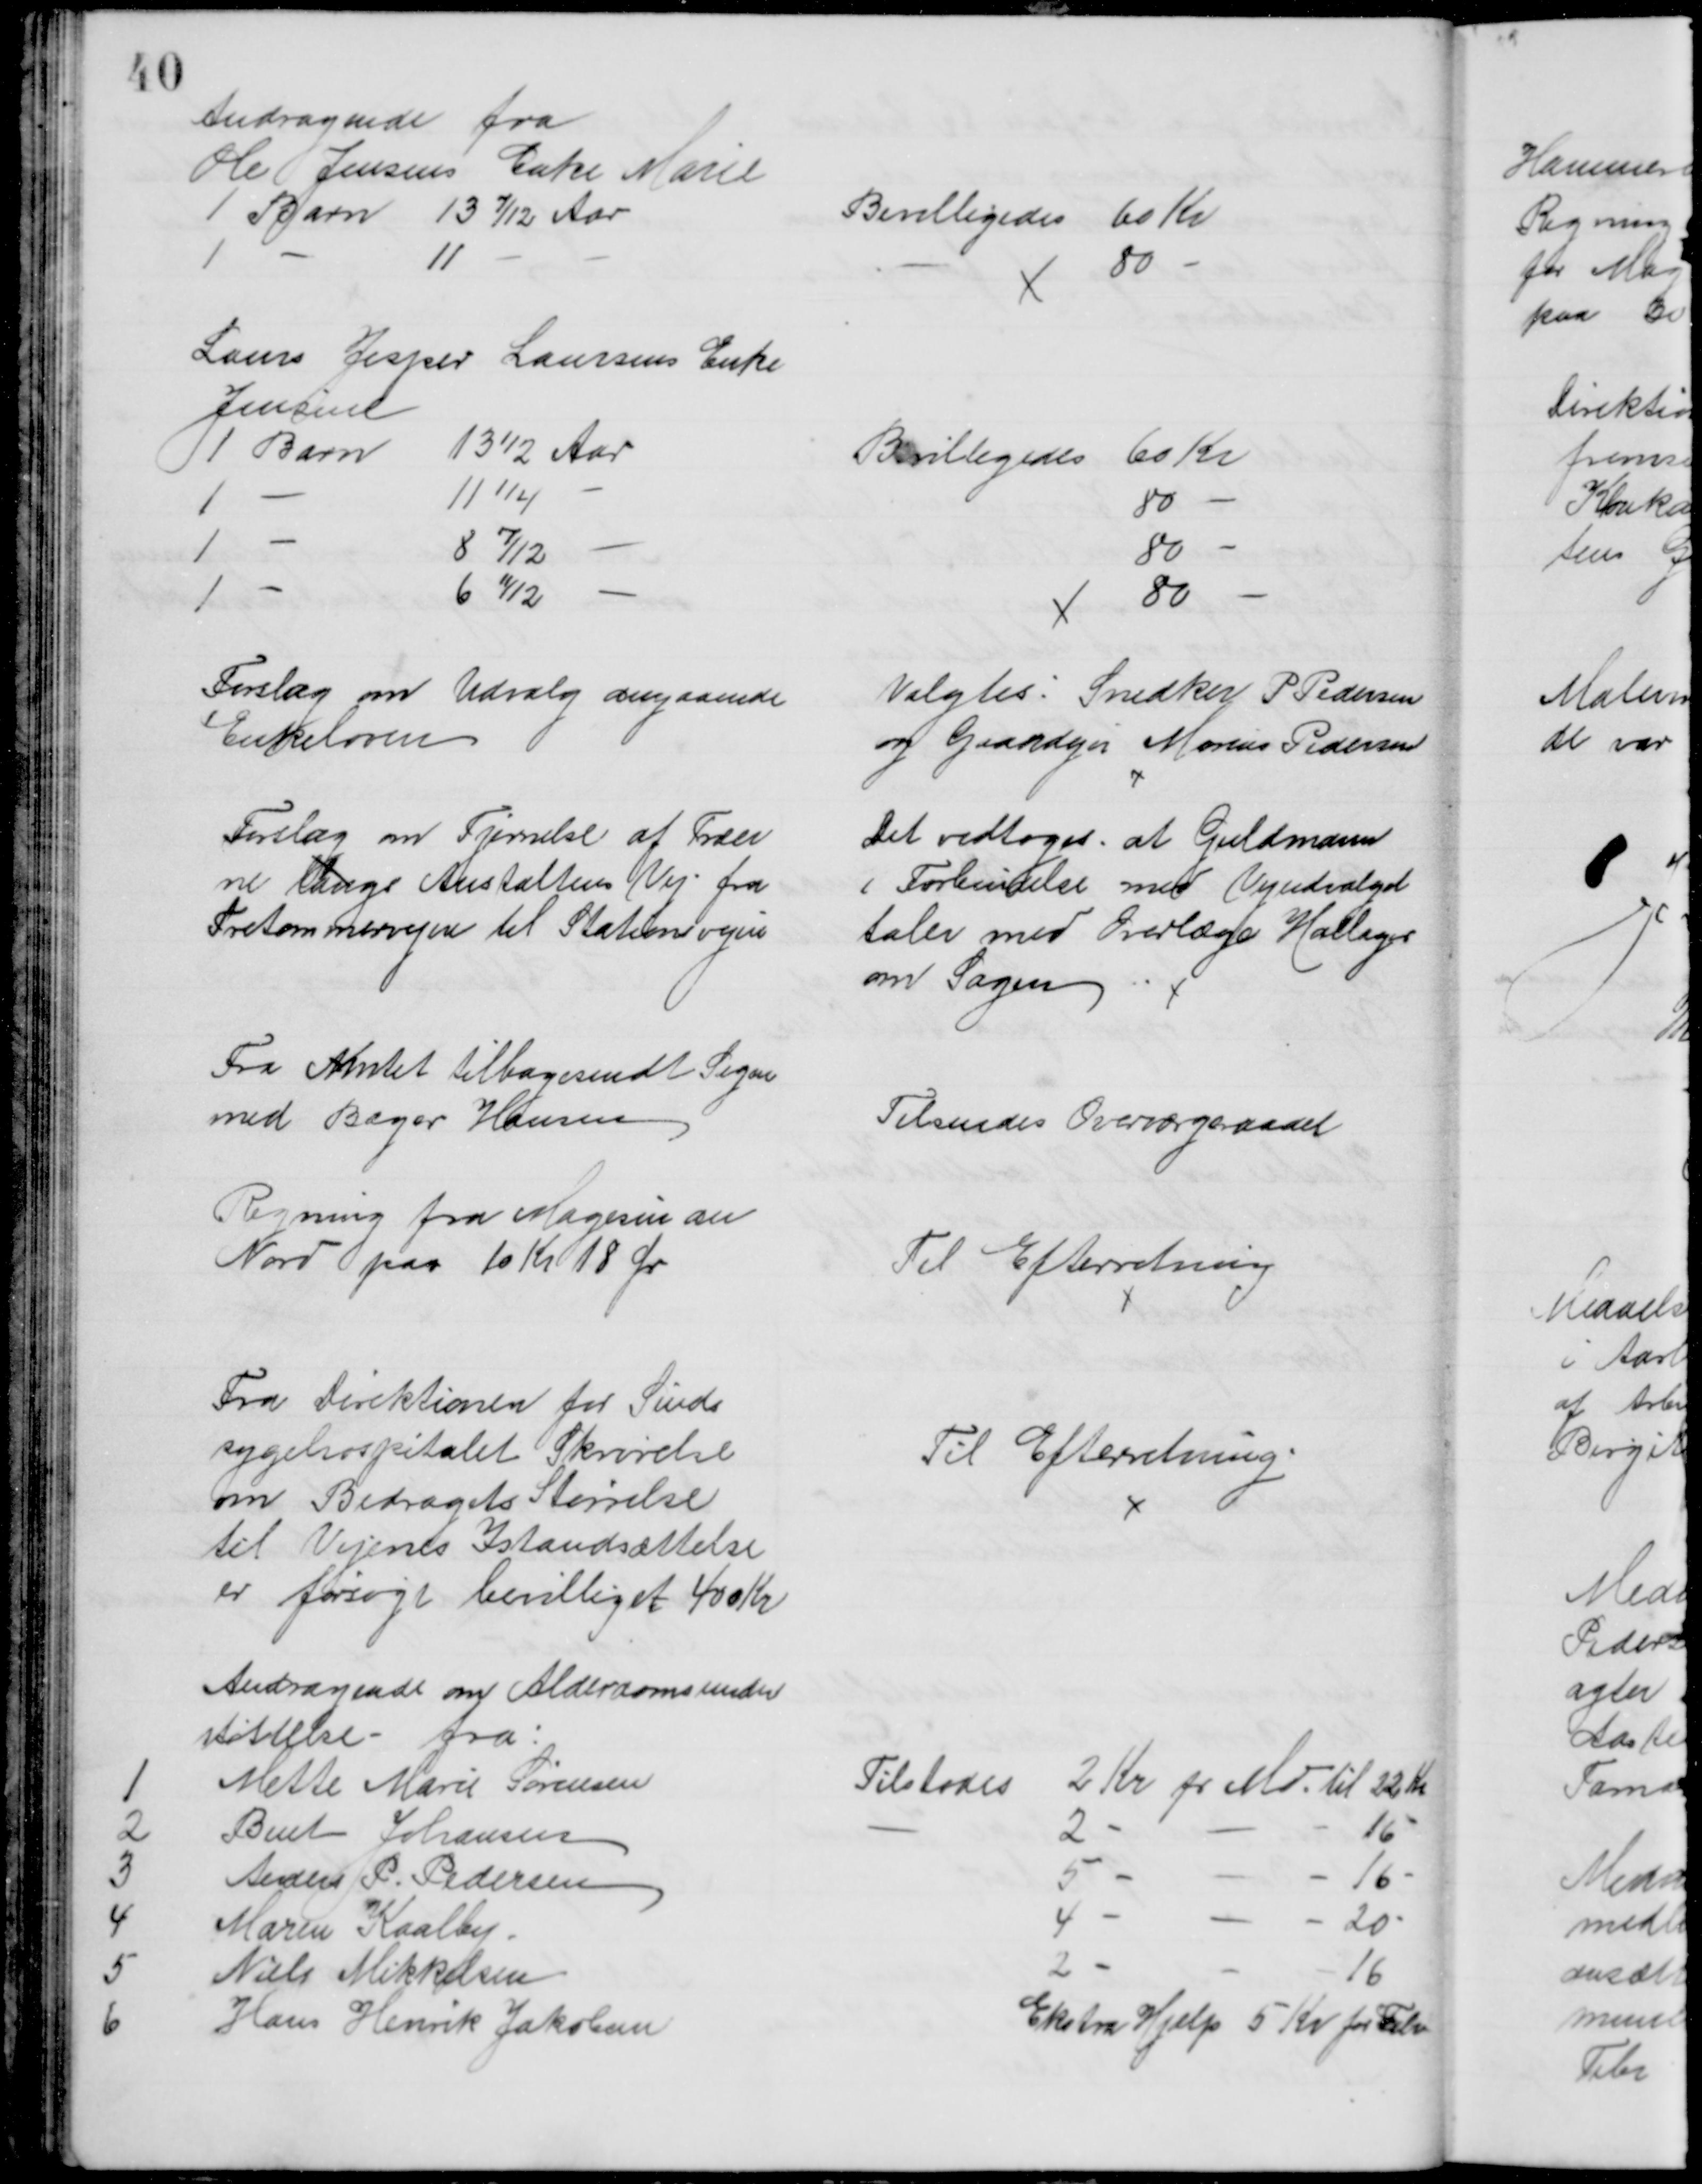
Transskription:
Andragende fra
Ole Jensens Enke Marie
1 Barn 13 7/12 Aar
Bevilligedes 60 Kr
1
11
80
Laurs Jesper Laursens Enke
Jensine
1 Barn
13½ Aar
Bevilligedes 60 Kr
1
11¼
80
1
8 7/12
80
1
6 11/12
80
Forslag om Udvalg angaaende
Enkeloven
Valgtes: Snedker P Pedersen
og Gaardejer Marius Pedersen
Forslag om Fjernelse af Træer
ne langs Anstaltens Vej fra
Tretommervejen til Stationsvejen
Det vedtoges, at Guldmann
i Forbindelse med Vejudvalget
taler med Overlæge Hallager
om Sagen
Fra Amtet tilbagesendt Sagen
med Bager Hansen
Tilsendes Overværgeraadet
Regning fra Magesin du
Nord paa 10 Kr 18 Ør
Til Efterretning
Fra Direktionen for Sinds
sygehospitalet Skrivelse
om Bidragets Størrelse
til Vejenes Istandsættelse
er forsøgt bevilliget 400 Kr
Til Efterretning
Andragende om Alderdomsunder
støttelse - fra:
1
Mette Marie Sørensen
Tilstodes
2 Kr pr Md. til 22 Kr
2
Bent Johansen
2
16
3
Anders P. Pedersen
5
16
4
Maren Kaalby
4
20
5
Niels Mikkelsen
2
16
6
Hans Henrik Jakobsen
Ekstra Hjælp 5 Kr for Febr